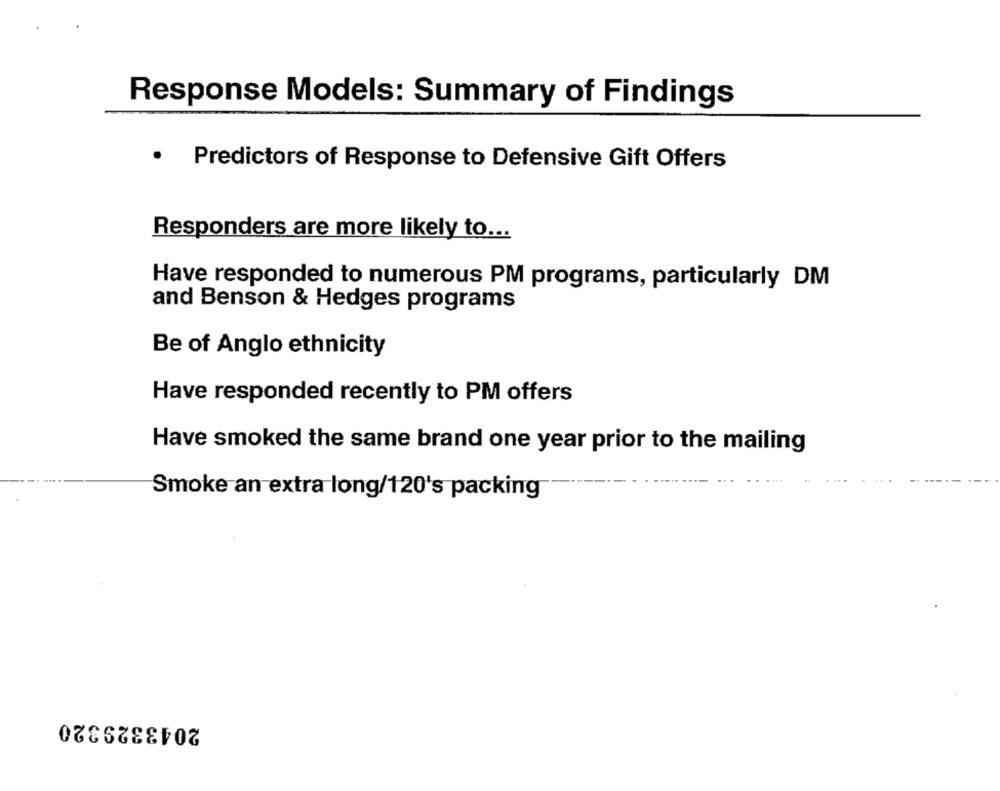
Response Models: Summary of Findings
.
Predictors of Response to Defensive Gift Offers
Responders are more likely to ...
Have responded to numerous PM programs, particularly DM
and Benson & Hedges programs
Be of Anglo ethnicity
Have responded recently to PM offers
Have smoked the same brand one year prior to the mailing
Smoke an extra long/120's packing
2043329320